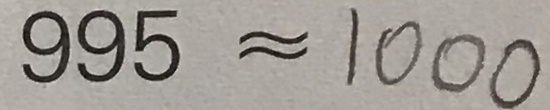
9 9 5 \approx 1 0 0 0